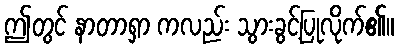
ဤတွင် နာတာရှာ ကလည်း သွားခွင့်ပြုလိုက်၏။